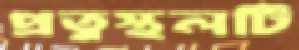
প্রত্নস্থলটি